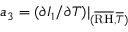
a _ { 3 } = ( \partial I _ { 1 } / \partial T ) \vert _ { ( \overline { { \mathrm { R H } } } , \overline { { T } } ) }